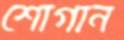
শোগান